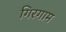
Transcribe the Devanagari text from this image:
गिरगाम